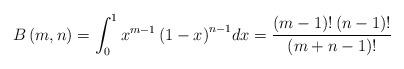
LaTeX: \begin{align*}B\left( {m,n} \right) = \int_0^1 {x^{m - 1} \left( {1 - x} \right)^{n - 1} } dx = \frac{{\left( {m - 1} \right)!\left( {n - 1} \right)!}}{{\left( {m + n - 1} \right)!}}\end{align*}